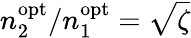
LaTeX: n_{2}^{\mathrm{opt}}/n_{1}^{\mathrm{opt}}=\sqrt\zeta